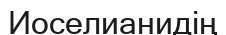
Иоселианидің